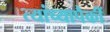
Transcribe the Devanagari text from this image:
त्यांच्यापैकीं